Report of the Imperial Institute of Veterinary Research, Muktesar
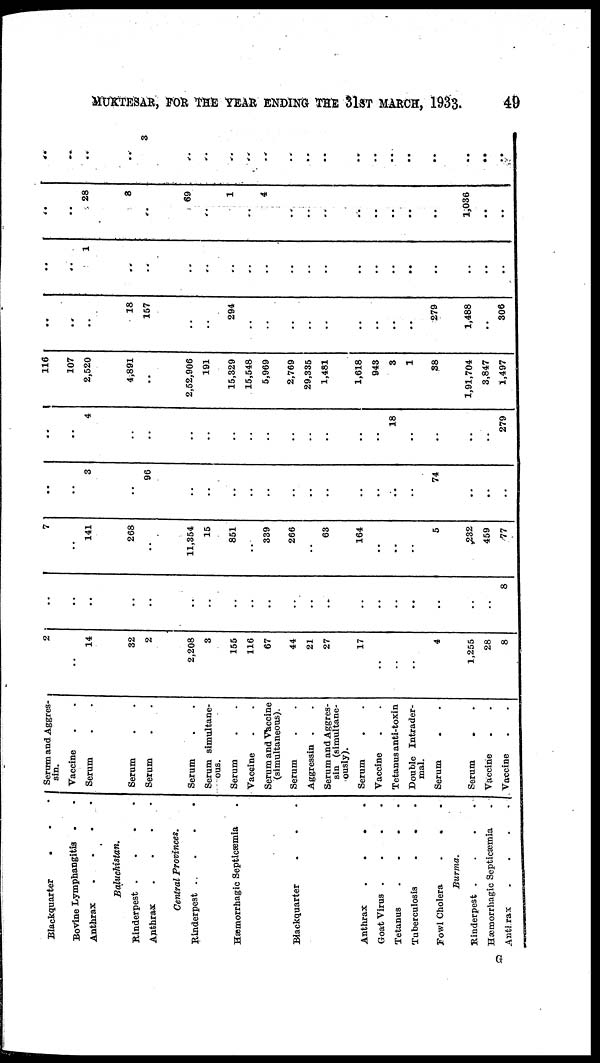
MUKTESAR, FOR THE YEAR ENDING THE 31ST MARCH, 1933.
49
Blackquarter
.
Bovine Lymphangitis .
Anthrax
.
Baluchistan.
Rinderpest .
Anthrax
.
Central Provinces.
Rinderpest .
Hæmorrhagic Septicæmia
Blackquarter
Anthrax
.
.
Goat Virus
....
Tetanus
....
Tuberculosis
.
.
Fowl Cholera
.
.
Burma.
Rinderpest .
Hæmorrhagic Septicæmia
.
Anthrax
.
. . .
Serum and Aggres¬
sin.
Vaccine
Serum
Serum
Serum
Serum
Serum simultane-
ous.
Serum
Vaccine
Serum and Vaccine
(simultaneous).
Serum
Aggressin .
Serum and Aggres-
sin (simultane-
ously).
Serum
Vaccine
Tetanus anti-toxin
Double Intrader-
mal.
Serum
Serum
Vaccine
Vaccine
2
..
14
32
2
2,208
3
155
116
67
44
21
27
17
..
4
1,255
28
8
..
..
..
..
..
..
..
..
..
..
..
..
..
..
..
8
7
..
141
268
..
11,354
15
851
339
266
63
164
..
..
..
5
..
232
459
77
..
..
3
..
96
..
..
..
..
..
..
..
74
..
..
..
..
..
..
4
..
..
..
..
..
..
..
18
..
..
..
..
..
279
116
107
2,520
4,891
..
..
2,52,906
191
15,329
15,548
5,969
2,769
29,335
1,481
1,618
943
3
1
38
..
1,91,704
3,847
1,497
..
..
..
18
157
..
..
..
294
..
..
..
..
279
..
1,488
..
306
..
..
1
..
..
..
..
..
..
..
..
..
..
..
..
..
..
..
..
..
..
28
8
..
69
..
1
4
..
1,036
..
..
..
..
..
..
3
..
..
..
..
..
..
..
..
..
..
..
..